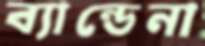
ব্যান্ডেনা